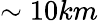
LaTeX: \sim 10km